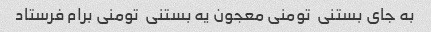
به جای بستنی  تومنی معجون یه بستنی  تومنی برام فرستاد